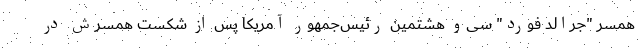
همسر "جرالد فورد" سی‌و هشتمین رئیس‌جمهور آمریکا پس از شکست همسرش در